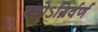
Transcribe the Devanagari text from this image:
एकोऽग्रिर्वर्ण